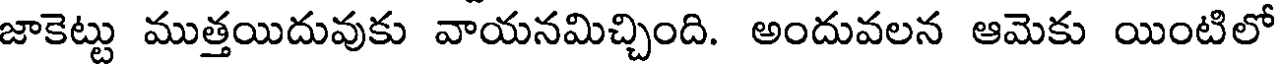
జాకెట్టు ముత్తయిదువుకు వాయనమిచ్చింది. అందువలన ఆమెకు యింటిలో